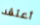
أعتقد